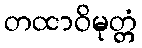
တထာဝိမုတ္တံ